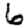
Digit: 6